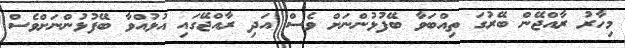
މިހާރު ރާއްޖޭން ބޭރުގަ ތިއްބަވާ ބޭފުޅުންނަށް ވެސް އަދި ރާއްޖޭގައި އުޅުއްވާ ބޭފުޅުންނަށްވެސް